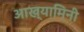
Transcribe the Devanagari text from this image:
आख्यामिनी